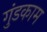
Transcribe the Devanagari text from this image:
गुंडकाम